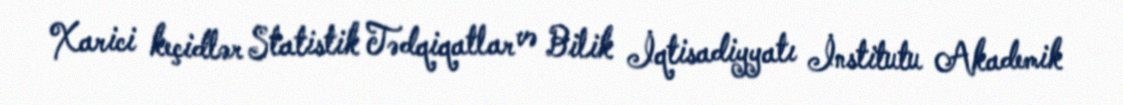
Xarici keçidlər Statistik Tədqiqatlar və Bilik İqtisadiyyatı İnstitutu Akademik